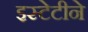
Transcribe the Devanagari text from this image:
इस्टेटीने